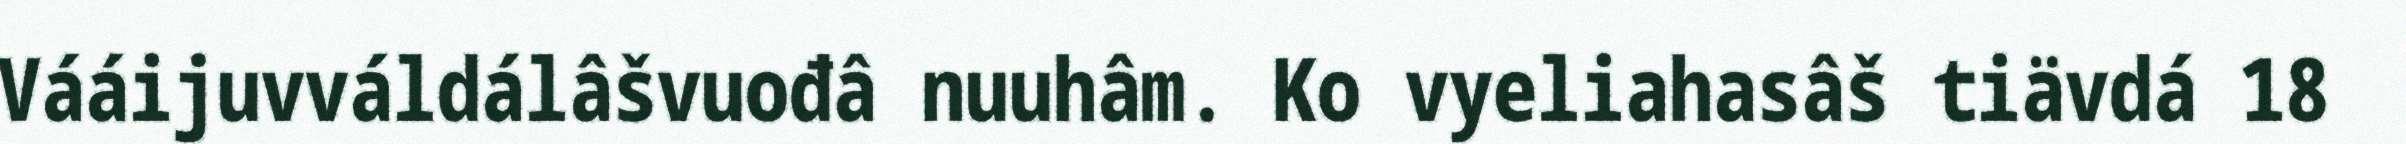
Vááijuvváldálâšvuođâ nuuhâm. Ko vyeliahasâš tiävdá 18